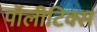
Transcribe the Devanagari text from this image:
पॉलीटिक्स